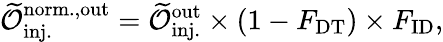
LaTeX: \mathcal{\widetilde{O}}_{\mathrm{inj.}}^{\mathrm{norm.,out}}=\mathcal{\widetilde{O}}_{\mathrm{inj.}}^{\mathrm{out}}\times(1-F_{\mathrm{DT}})\times F_{\mathrm{ID}},